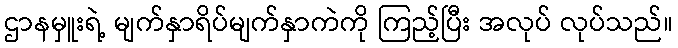
ဌာနမှူးရဲ့ မျက်နှာရိပ်မျက်နှာကဲကို ကြည့်ပြီး အလုပ် လုပ်သည်။